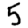
Digit: 5